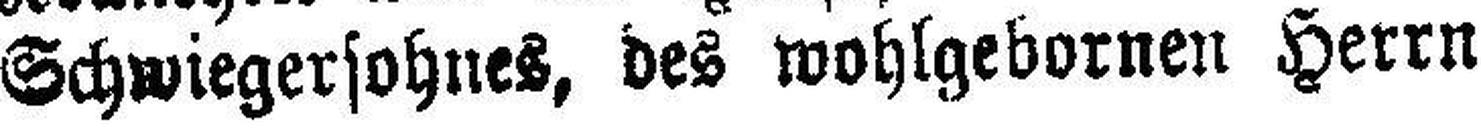
Schwiegersohnes, des wohlgebornen Herrn